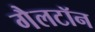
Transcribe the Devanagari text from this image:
गैलटॉन